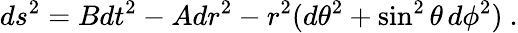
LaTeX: ds^{2}=Bdt^{2}-Adr^{2}-r^{2}(d\theta^{2}+\sin^{2}\theta\, d\phi^{2})\ .